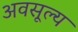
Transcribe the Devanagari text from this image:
अवसूल्य